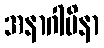
အနာဂါမိနာ